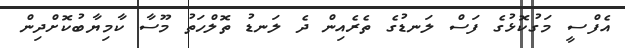
އެފްސީ މަގުކޮޅުގެ ފަސް ލަނޑުގެ ތެރެއިން ދެ ލަނޑު ތޮލްހަތު މޫސާ ކާމިޔާބުކޮށްދިން